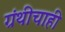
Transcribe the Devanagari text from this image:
ग्रंथीचाही